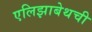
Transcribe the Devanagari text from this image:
एलिझाबेथची